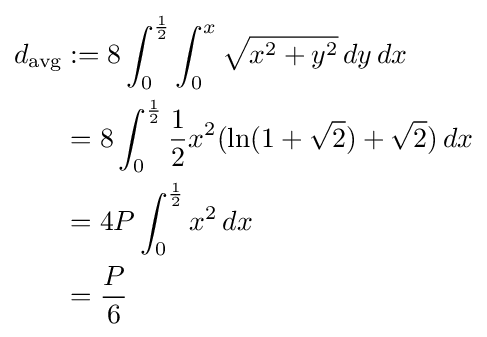
{\begin{aligned}d_{\text{avg}}&:=8\int _{0}^{1 \over 2}\int _{0}^{x}{\sqrt {x^{2}+y^{2}}}\,dy\,dx\\&=8\int _{0}^{1 \over 2}{1 \over 2}x^{2}(\ln(1+{\sqrt {2}})+{\sqrt {2}})\,dx\\&=4P\int _{0}^{1 \over 2}x^{2}\,dx\\&={P \over 6}\end{aligned}}